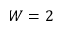
W = 2